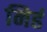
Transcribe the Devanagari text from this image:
निहं